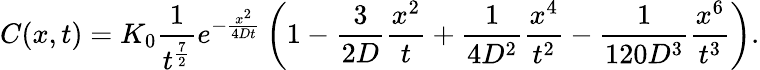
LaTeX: C(x,t)=K_{0}\frac{1}{t^{\frac{7}{2}}}e^{-\frac{x^{2}}{4Dt}}\left(1-\frac{3}{2D}\frac{x^{2}}{t}+\frac{1}{4D^{2}}\frac{x^{4}}{t^{2}}-\frac{1}{120D^{3}}\frac{x^{6}}{t^{3}}\right).